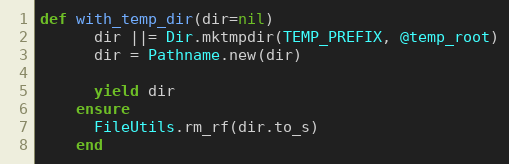
Language: Ruby
def with_temp_dir(dir=nil)
      dir ||= Dir.mktmpdir(TEMP_PREFIX, @temp_root)
      dir = Pathname.new(dir)

      yield dir
    ensure
      FileUtils.rm_rf(dir.to_s)
    end